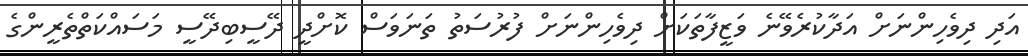
އަދި ދިވެހިންނަށް އަދާކުރެވޭނެ ވަޒީފާތަކަށް ދިވެހިންނަށް ފުރުސަތު ތަނަވަސް ކޮށްދީ ދޭސީބިދޭސީ މަސައްކަތްތެރީންގެ